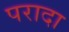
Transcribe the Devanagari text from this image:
परादा